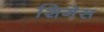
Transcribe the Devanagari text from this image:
शिगेस